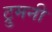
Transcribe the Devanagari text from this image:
ट्रुमनी